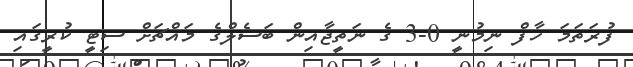
ފުރަތަމަ ހާފް ނިމުނީ 0-3 ގެ ނަތީޖާއިން ބަސެލްގެ މައްޗަށް ސިޓީ ކުރީގައި